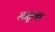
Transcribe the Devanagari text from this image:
मातृवत